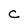
Character: c